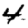
Digit: 4